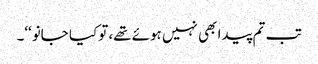
تب تم پیدا بھی نہیں ہوئے تھے،تو کیا جانو‘‘۔